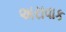
અરાવાક